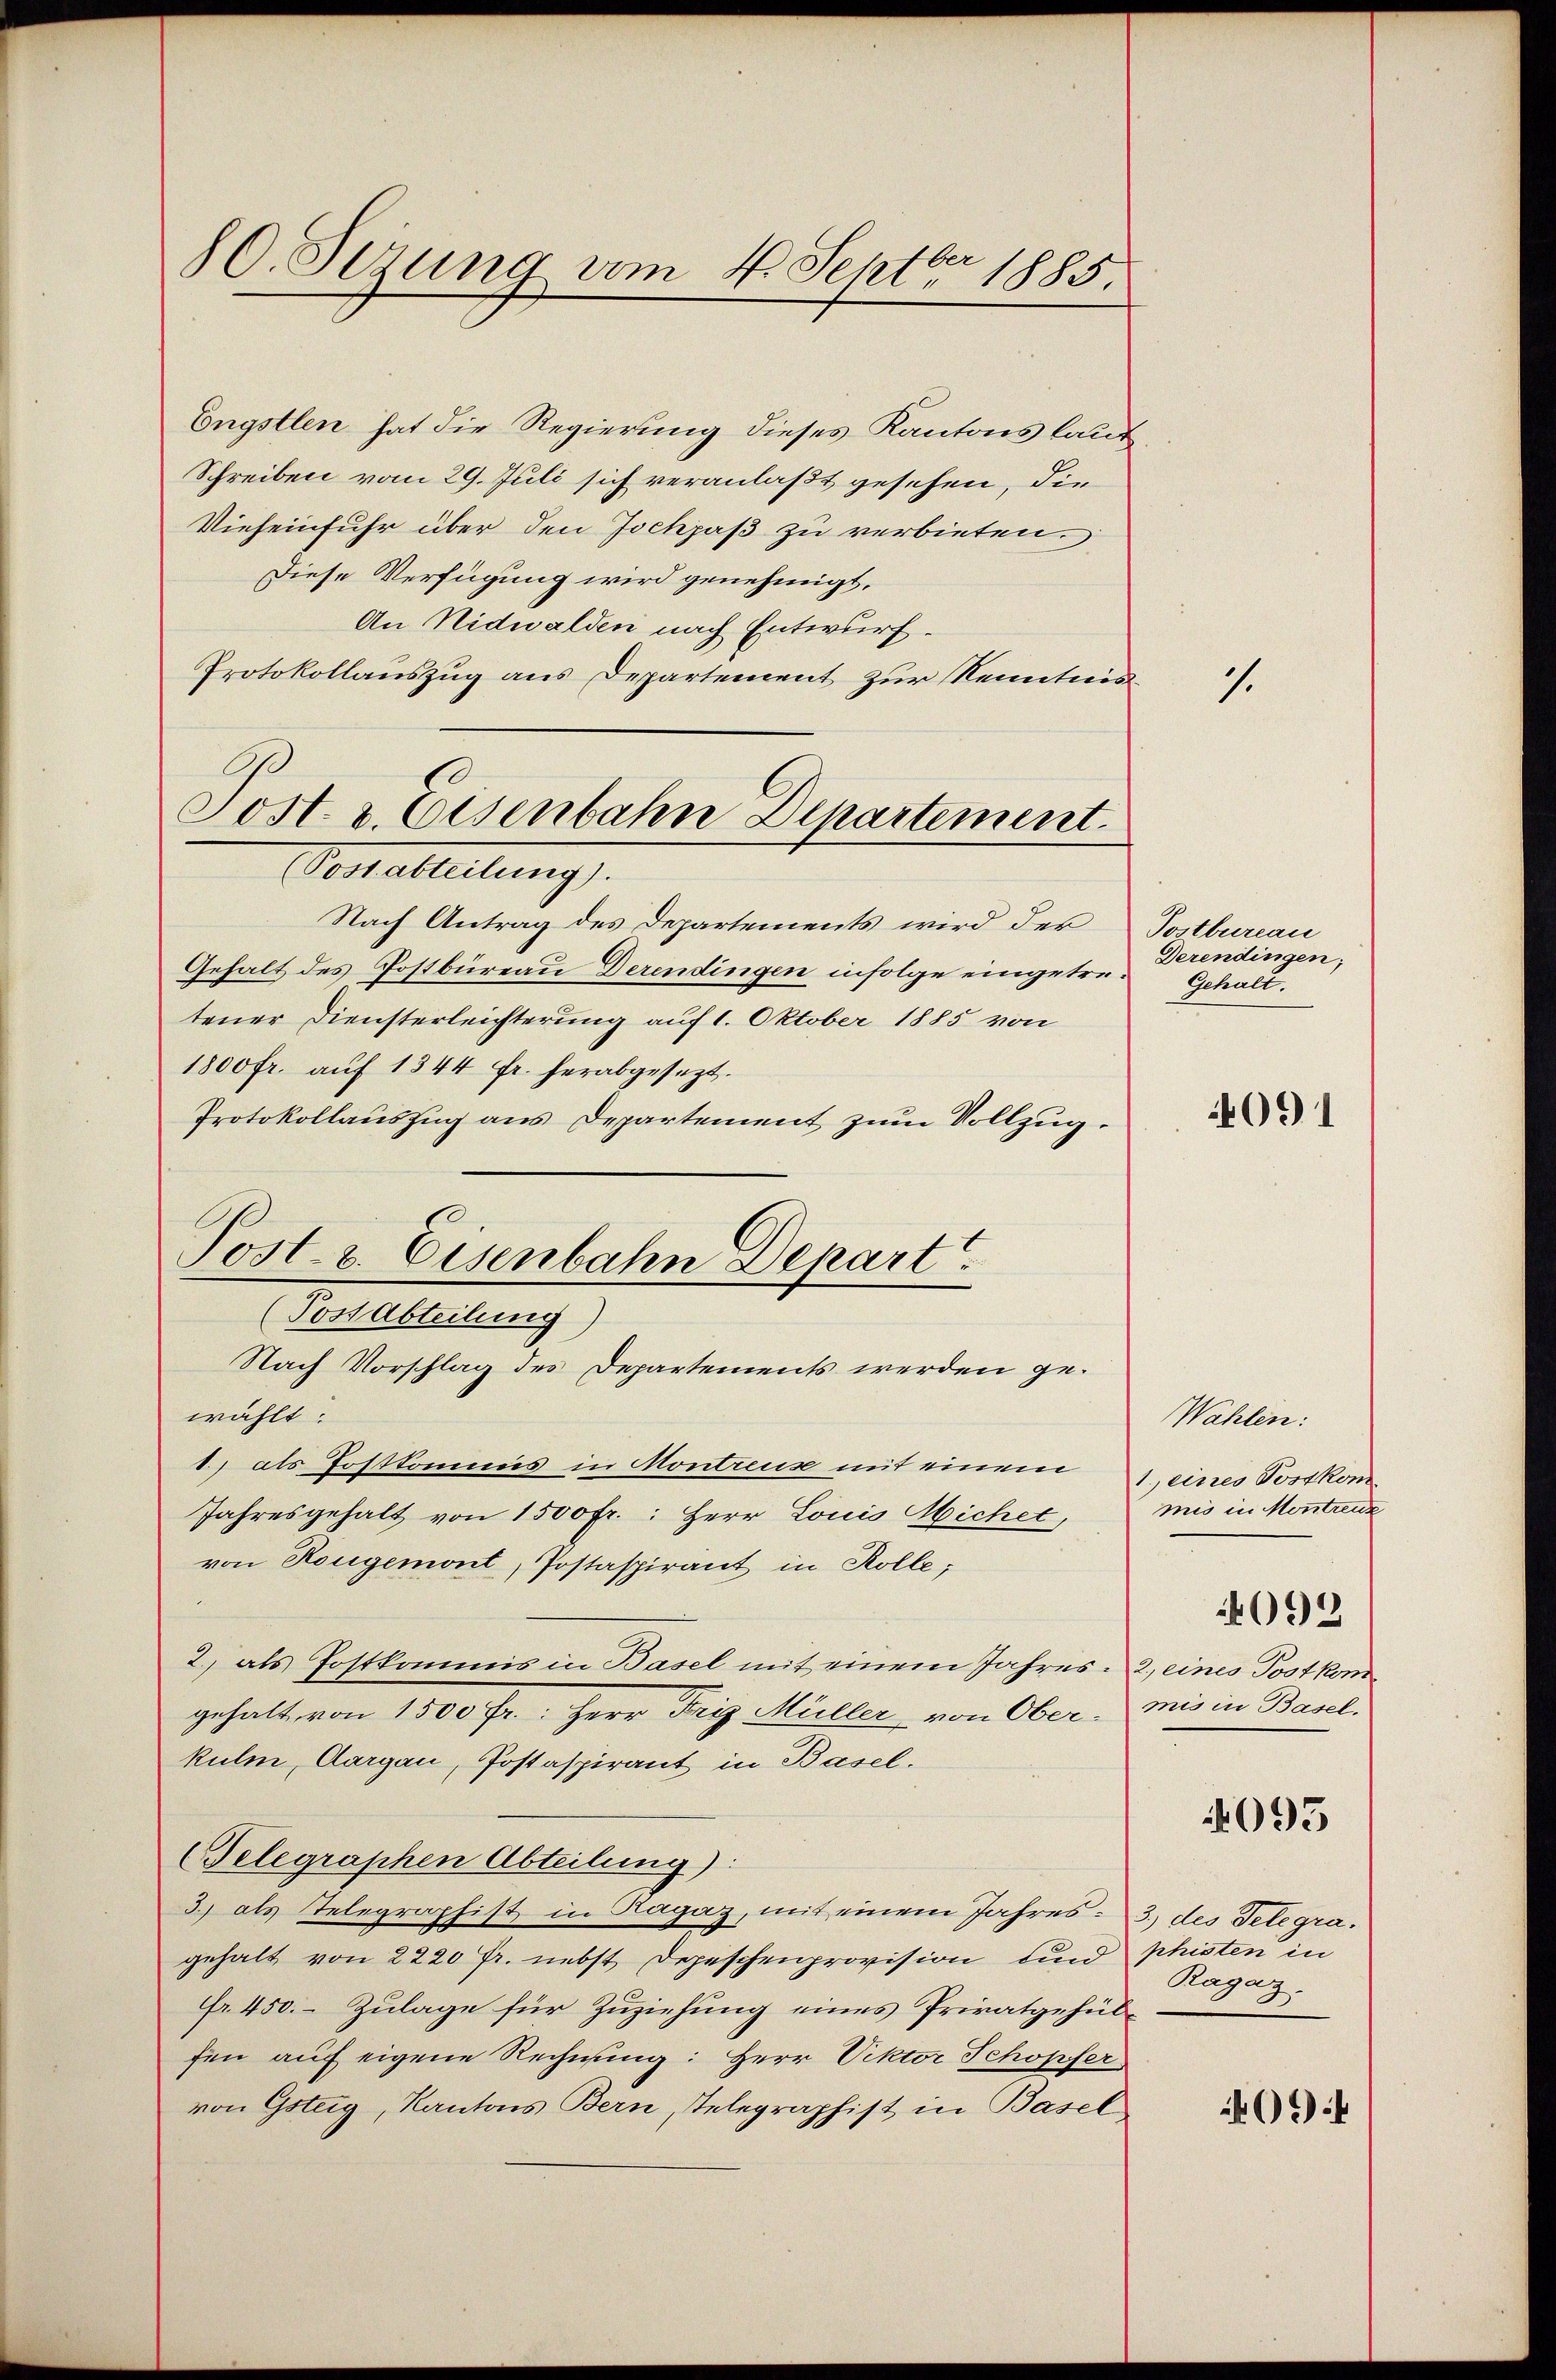
80. Sezung vom 4. Septbr 1885

Engstlen hat die Regierung dieses Kantons laut
Schreiben vom 29. Juli sich veranlaßt gesehen, die
Vieheinfuhr über den Jochjaß zu verbieten.
Diese Verfügung wird genehmigt,
An Nidwalden nach Entwurf.
Protokollauszug aus Departement zur Kenntnis
Nach Antrag des Departements wird der
Gehalt des Postbüreau Derendingen infolge eingetretener Diensterleichterung auf 1. Oktober 1885 von
1800 fr. aŭf 1344 fr. herabgesezt.
Protokollauszug aus Departement zum Vollzug.
Nach Vorschlag des Departements werden gewählt:
1) als Postkommis in Montreux mit einem 1. eines Postkom¬
Jahresgehalt von 1500 fr.: Herr Louis Michet,
von Rougemont, Postaspirant in Rolle;
2) als Postkommis in Basel mit einem Jahres. 2, eines Postkomgehalt von 1500 fr.: Herr Friz Müller von Ober-
kulm, Aargau, Postaspirant in Basel.
Gelegraphen Abteilung):
3.) als Telegraphist in Ragaz, mit einem Jahres. 3) des Telegragehalt von 2220 fr. nebst Depeschenprovision und phisten in
Fr. 450. Zulage für Zuziehung eines Privatgehülfen auch eigene Rechnung: Herr Rektor Schopfer
von Gsteig, Kantons Bern, Telegraphist in Basel

Sost. v. Eisenbahn Departement.
Pestatteilung.

Post- & Eisenbahn Depart
(Post Abteilung)

.

Postbureau
Derendingen;
Gehalt.

091

Wahlen:
mis in Montreuz
4093
mis in Basel,

4095

Ragaz

094